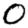
Digit: 0